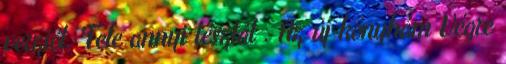
verziót. Fele annyi tésztát . Az új konyhám Végre